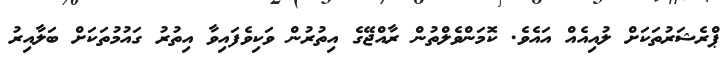
ޕްރެޝަރުތަކަށް ލުއިއެއް އައެވެ. ކޮމަންވެލްތުން ރާއްޖޭގެ އިތުރުން ވަކިވެފައިވާ އިތުރު ގައުމުތަކަށް ބަލާއިރު